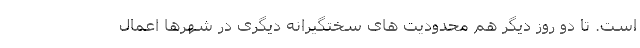
است. تا دو روز دیگر هم محدودیت های سختگیرانه دیگری در شهرها اعمال